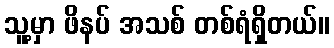
သူ့မှာ ဖိနပ် အသစ် တစ်ရံရှိတယ်။